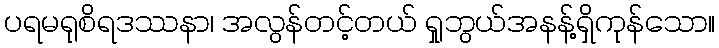
ပရမရုစိရဒဿနာ၊ အလွန်တင့်တယ် ရှုဘွယ်အနန့်ရှိကုန်သော။